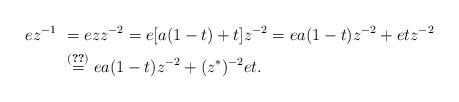
LaTeX: \begin{align*} ez^{-1} &~=ezz^{-2}=e[a(1-t)+t]z^{-2}=ea(1-t)z^{-2}+etz^{-2}\\ &~\stackrel{(\ref{2.19})}{=}ea(1-t)z^{-2}+(z^{\ast})^{-2}et.\end{align*}